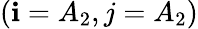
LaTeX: \left(\mathbf{i}=A_{2},j=A_{2}\right)